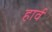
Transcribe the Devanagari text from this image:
हार्व